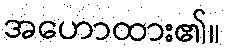
အဟောထား၏။